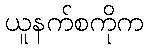
ယူနက်စကိုက